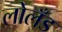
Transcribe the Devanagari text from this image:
लोलँड